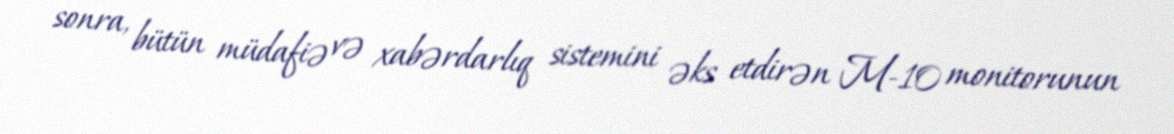
sonra, bütün müdafiə və xabərdarlıq sistemini əks etdirən M-10 monitorunun